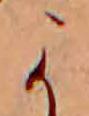
か